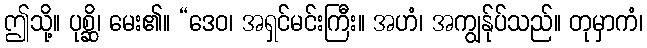
ဤသို့။ ပုစ္ဆိ၊ မေး၏။ “ဒေဝ၊ အရှင်မင်းကြီး။ အဟံ၊ အကျွန်ုပ်သည်။ တုမှာကံ၊